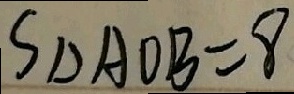
S _ { \Delta A O B } = 8